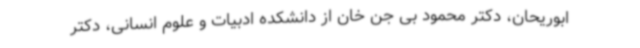
ابوریحان، دکتر محمود بی جن خان از دانشکده ادبیات و علوم انسانی، دکتر